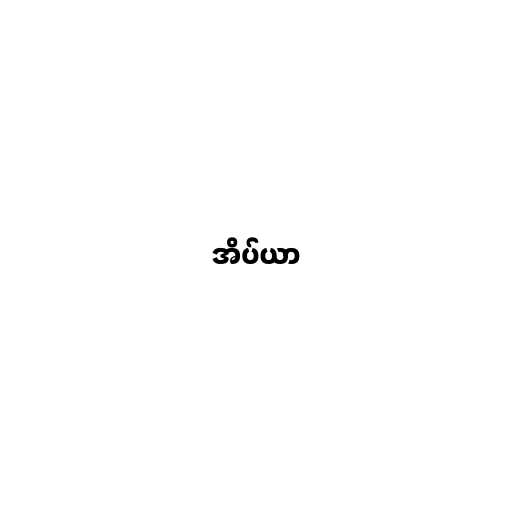
အိပ်ယာ